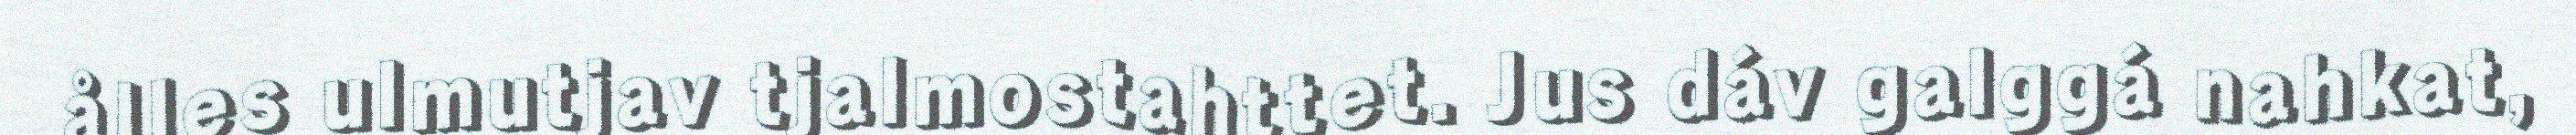
ålles ulmutjav tjalmostahttet. Jus dáv galggá nahkat,